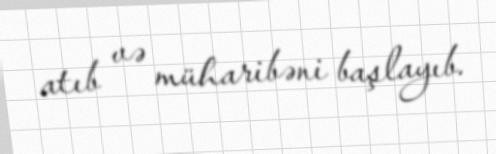
atıb və müharibəni başlayıb.